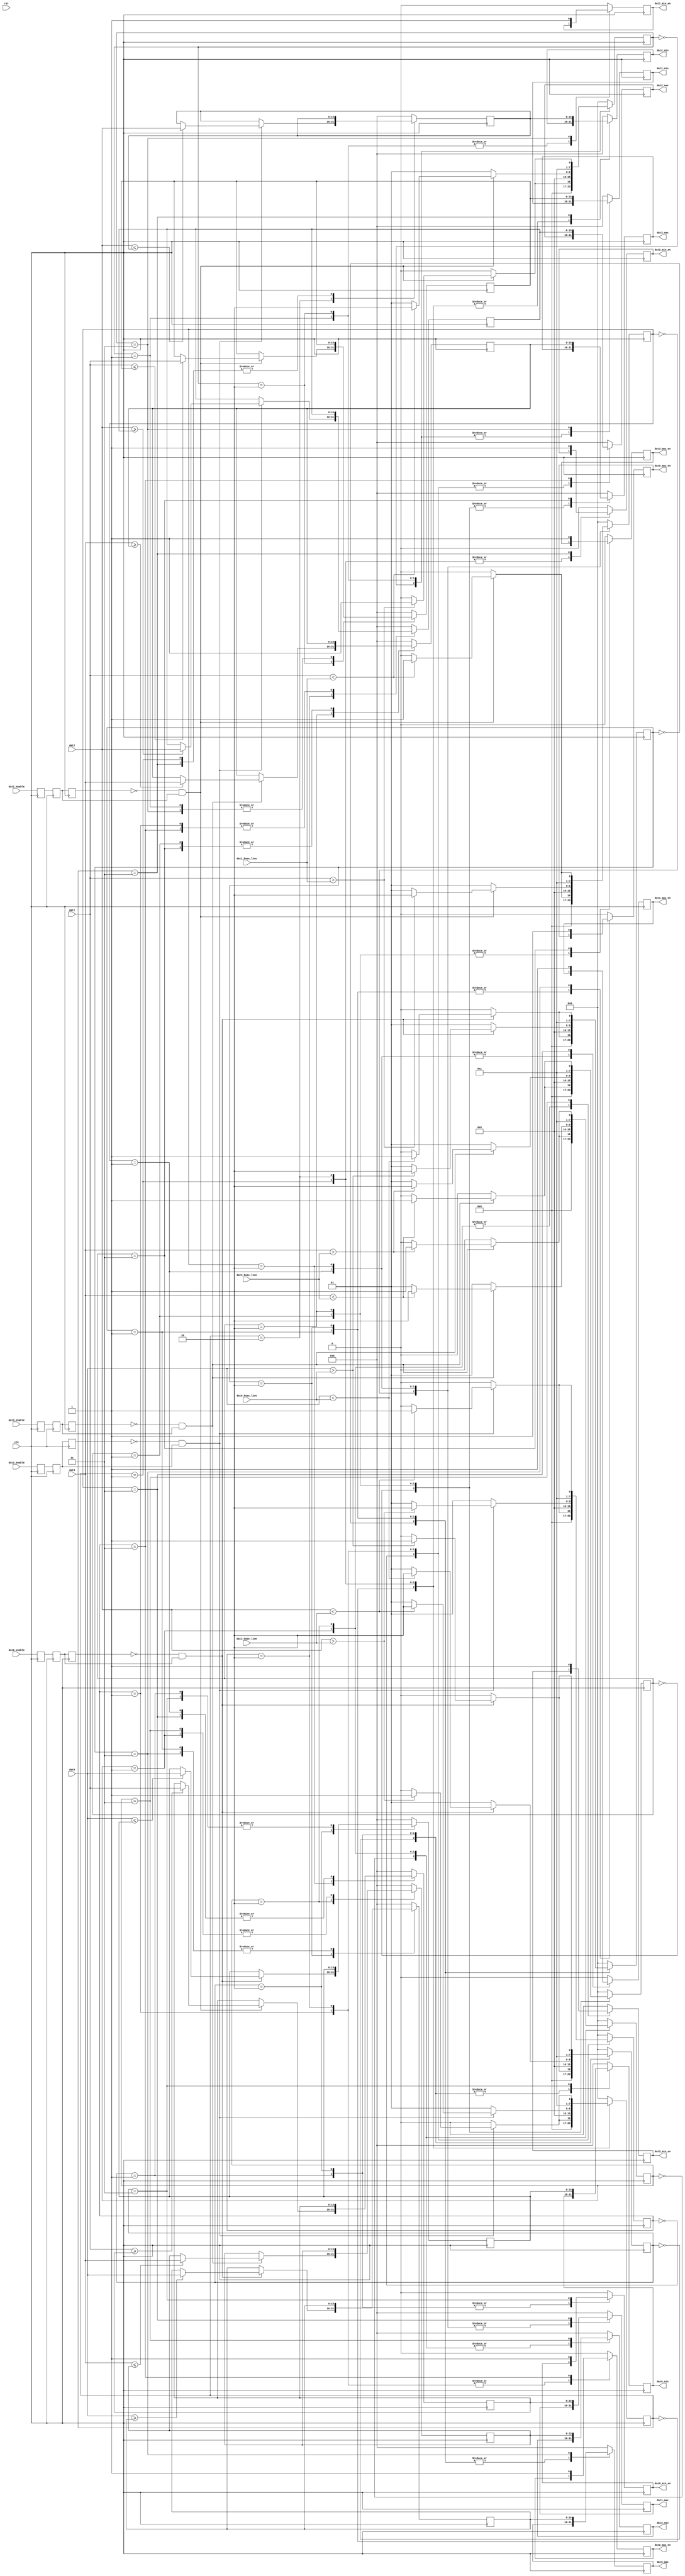
`timescale 1ns / 1ns
module pass_baseline_pole(
    input clk,rst,
	 
	 input dat0_enable,dat1_enable,dat2_enable,dat3_enable,
	 input [15:0]dat0,dat1,dat2,dat3,
	 
	 input [15:0]dat0_base_line,
	 input [15:0]dat1_base_line,
	 input [15:0]dat2_base_line,
	 input [15:0]dat3_base_line,
	 
	 output reg[15:0] dat0_max,dat1_max,dat2_max,dat3_max,
	 output reg dat0_max_en,dat1_max_en,dat2_max_en,dat3_max_en,
	 output reg[15:0] dat0_min,dat1_min,dat2_min,dat3_min,
	 output reg dat0_min_en,dat1_min_en,dat2_min_en,dat3_min_en
	 );
parameter DATAWIDTH=16;
	 
wire pos_dat0_enable,neg_dat0_enable;
wire pos_dat1_enable,neg_dat1_enable;
wire pos_dat2_enable,neg_dat2_enable;
wire pos_dat3_enable,neg_dat3_enable;

reg dat0_enable_r0,dat0_enable_r1,dat0_enable_r2;
reg dat1_enable_r0,dat1_enable_r1,dat1_enable_r2;
reg dat2_enable_r0,dat2_enable_r1,dat2_enable_r2;
reg dat3_enable_r0,dat3_enable_r1,dat3_enable_r2;

always@(posedge clk)
	begin
		dat0_enable_r0<=dat0_enable;
		dat0_enable_r1<=dat0_enable_r0;
		dat0_enable_r2<=dat0_enable_r1;
		
		dat1_enable_r0<=dat1_enable;
		dat1_enable_r1<=dat1_enable_r0;
		dat1_enable_r2<=dat1_enable_r1;
		
		dat2_enable_r0<=dat2_enable;
		dat2_enable_r1<=dat2_enable_r0;
		dat2_enable_r2<=dat2_enable_r1;
		
		dat3_enable_r0<=dat3_enable;
		dat3_enable_r1<=dat3_enable_r0;
		dat3_enable_r2<=dat3_enable_r1;
	end

assign pos_dat0_enable=(~dat0_enable_r2)&dat0_enable_r1;
assign pos_dat1_enable=(~dat1_enable_r2)&dat1_enable_r1;
assign pos_dat2_enable=(~dat2_enable_r2)&dat2_enable_r1;
assign pos_dat3_enable=(~dat3_enable_r2)&dat3_enable_r1;

assign neg_dat0_enable=dat0_enable_r2&(~dat0_enable_r1); 
assign neg_dat1_enable=dat1_enable_r2&(~dat1_enable_r1); 
assign neg_dat2_enable=dat2_enable_r2&(~dat2_enable_r1); 
assign neg_dat3_enable=dat3_enable_r2&(~dat3_enable_r1); 

reg [DATAWIDTH-1:0]dat0_r0,dat1_r0,dat2_r0,dat3_r0;	 
reg [DATAWIDTH-1:0]dat0_r1,dat1_r1,dat2_r1,dat3_r1;	
reg [DATAWIDTH-1:0]dat0_r2,dat1_r2,dat2_r2,dat3_r2;	
reg [DATAWIDTH-1:0]dat0_r3,dat1_r3,dat2_r3,dat3_r3;

reg [15:0]dat0_max_temp,dat0_min_temp;
reg [15:0]dat1_max_temp,dat1_min_temp;
reg [15:0]dat2_max_temp,dat2_min_temp;
reg [15:0]dat3_max_temp,dat3_min_temp;


(*syn_preserve = 1*)reg [7:0]dat0_max_state,dat0_min_state;
(*syn_preserve = 1*)reg [7:0]dat1_max_state,dat1_min_state;
(*syn_preserve = 1*)reg [7:0]dat2_max_state,dat2_min_state;
(*syn_preserve = 1*)reg [7:0]dat3_max_state,dat3_min_state;

always@(posedge clk)
	begin
		case(dat0_max_state)
				0:begin
					if(pos_dat0_enable)
						begin
							if(dat0<dat0_base_line)dat0_max_state<=1;
							else dat0_max_state<=0;
						end
					else dat0_max_state<=0;
					dat0_max_en<=0;
					dat0_max_temp	<=0;end
				1:begin
					if(pos_dat0_enable)
						begin
							if(dat0>dat0_base_line)dat0_max_state<=2;
							else dat0_max_state<=1;
						end
					else dat0_max_state<=1;end
				2:begin//Hmax
					if(pos_dat0_enable)
						begin
							if(dat0<dat0_base_line)dat0_max_state<=3;
							else dat0_max_state<=2;
							if(dat0>=dat0_max_temp)dat0_max_temp<=dat0;
							else	dat0_max_temp<=dat0_max_temp;
						end
					else dat0_max_state<=2;
					end
				3:begin
					dat0_max			<=dat0_max_temp;
					dat0_max_en		<=1;
					dat0_max_state	<=0;end	
				default:begin
						dat0_max_state<=0;
						dat0_max		  <=0;
						dat0_max_en	  <=0;
						dat0_max_temp <=0;end
		endcase
	end
	
always@(posedge clk)
	begin
		case(dat1_max_state)
				0:begin
					if(pos_dat1_enable)
						begin
							if(dat1<dat1_base_line)dat1_max_state<=1;
							else dat1_max_state<=0;
						end
					else dat1_max_state<=0;
					dat1_max_en<=0;
					dat1_max_temp	<=0;end
				1:begin
					if(pos_dat1_enable)
						begin
							if(dat1>dat1_base_line)dat1_max_state<=2;
							else dat1_max_state<=1;
						end
					else dat1_max_state<=1;end
				2:begin//Hmax
					if(pos_dat1_enable)
						begin
							if(dat1<dat1_base_line)dat1_max_state<=3;
							else dat1_max_state<=2;
							if(dat1>=dat1_max_temp)dat1_max_temp<=dat1;
							else	dat1_max_temp<=dat1_max_temp;
						end
					else dat1_max_state<=2;
					end
				3:begin
					dat1_max			<=dat1_max_temp;
					dat1_max_en		<=1;
					dat1_max_state	<=0;end	
				default:begin
						dat1_max_state<=0;
						dat1_max		  <=0;
						dat1_max_en	  <=0;
						dat1_max_temp <=0;end
		endcase
	end
	
always@(posedge clk)
	begin
		case(dat2_max_state)
				0:begin
					if(pos_dat2_enable)
						begin
							if(dat2<dat2_base_line)dat2_max_state<=1;
							else dat2_max_state<=0;
						end
					else dat2_max_state<=0;
					dat2_max_en<=0;
					dat2_max_temp	<=0;end
				1:begin
					if(pos_dat2_enable)
						begin
							if(dat2>dat2_base_line)dat2_max_state<=2;
							else dat2_max_state<=1;
						end
					else dat2_max_state<=1;end
				2:begin//Hmax
					if(pos_dat2_enable)
						begin
							if(dat2<dat2_base_line)dat2_max_state<=3;
							else dat2_max_state<=2;
							if(dat2>=dat2_max_temp)dat2_max_temp<=dat2;
							else	dat2_max_temp<=dat2_max_temp;
						end
					else dat2_max_state<=2;
					end
				3:begin
					dat2_max			<=dat2_max_temp;
					dat2_max_en		<=1;
					dat2_max_state	<=0;end	
				default:begin
						dat2_max_state<=0;
						dat2_max		  <=0;
						dat2_max_en	  <=0;
						dat2_max_temp <=0;end
		endcase
	end
	
always@(posedge clk)
	begin
		case(dat3_max_state)
				0:begin
					if(pos_dat3_enable)
						begin
							if(dat3<dat3_base_line)dat3_max_state<=1;
							else dat3_max_state<=0;
						end
					else dat3_max_state<=0;
					dat3_max_en<=0;
					dat3_max_temp	<=0;end
				1:begin
					if(pos_dat3_enable)
						begin
							if(dat3>dat3_base_line)dat3_max_state<=2;
							else dat3_max_state<=1;
						end
					else dat3_max_state<=1;end
				2:begin//Hmax
					if(pos_dat3_enable)
						begin
							if(dat3<dat3_base_line)dat3_max_state<=3;
							else dat3_max_state<=2;
							if(dat3>=dat3_max_temp)dat3_max_temp<=dat3;
							else	dat3_max_temp<=dat3_max_temp;
						end
					else dat3_max_state<=2;
					end
				3:begin
					dat3_max			<=dat3_max_temp;
					dat3_max_en		<=1;
					dat3_max_state	<=0;end	
				default:begin
						dat3_max_state<=0;
						dat3_max		  <=0;
						dat3_max_en	  <=0;
						dat3_max_temp <=0;end
		endcase
	end
	
always@(posedge clk)
	begin
		case(dat0_min_state)
				0:begin
					if(pos_dat0_enable)
						begin
							if(dat0>dat0_base_line)dat0_min_state<=1;
							else dat0_min_state<=0;
						end
					else dat0_min_state<=0;
					dat0_min_en		<=0;
					dat0_min_temp	<=0;end
				1:begin
					if(pos_dat0_enable)
						begin
							if(dat0<dat0_base_line)dat0_min_state<=2;
							else dat0_min_state<=1;
						end
					else dat0_min_state<=1;end
				2:begin//Lmin
					if(pos_dat0_enable)
						begin
							if(dat0>dat0_base_line)dat0_min_state<=3;
							else dat0_min_state<=2;
							if(dat0<=dat0_min_temp)dat0_min_temp<=dat0;
							else	dat0_min_temp<=dat0_min_temp;
						end
					else dat0_min_state<=2;
					end
				3:begin
					dat0_min			<=dat0_min_temp;
					dat0_min_en		<=1;
					dat0_min_state	<=0;end	
				default:begin
						dat0_min_state<=0;
						dat0_min		  <=0;
						dat0_min_en	  <=0;
						dat0_min_temp <=0;end
		endcase
	end
	
always@(posedge clk)
	begin
		case(dat1_min_state)
				0:begin
					if(pos_dat1_enable)
						begin
							if(dat1>dat1_base_line)dat1_min_state<=1;
							else dat1_min_state<=0;
						end
					else dat1_min_state<=0;
					dat1_min_en		<=0;
					dat1_min_temp	<=0;end
				1:begin
					if(pos_dat1_enable)
						begin
							if(dat1<dat1_base_line)dat1_min_state<=2;
							else dat1_min_state<=1;
						end
					else dat1_min_state<=1;end
				2:begin//Lmin
					if(pos_dat1_enable)
						begin
							if(dat1>dat1_base_line)dat1_min_state<=3;
							else dat1_min_state<=2;
							if(dat1<=dat1_min_temp)dat1_min_temp<=dat1;
							else	dat1_min_temp<=dat1_min_temp;
						end
					else dat1_min_state<=2;
					end
				3:begin
					dat1_min			<=dat1_min_temp;
					dat1_min_en		<=1;
					dat1_min_state	<=0;end	
				default:begin
						dat1_min_state<=0;
						dat1_min		  <=0;
						dat1_min_en	  <=0;
						dat1_min_temp <=0;end
		endcase
	end
	
always@(posedge clk)
	begin
		case(dat2_min_state)
				0:begin
					if(pos_dat2_enable)
						begin
							if(dat2>dat2_base_line)dat2_min_state<=1;
							else dat2_min_state<=0;
						end
					else dat2_min_state<=0;
					dat2_min_en		<=0;
					dat2_min_temp	<=0;end
				1:begin
					if(pos_dat2_enable)
						begin
							if(dat2<dat2_base_line)dat2_min_state<=2;
							else dat2_min_state<=1;
						end
					else dat2_min_state<=1;end
				2:begin//Lmin
					if(pos_dat2_enable)
						begin
							if(dat2>dat2_base_line)dat2_min_state<=3;
							else dat2_min_state<=2;
							if(dat2<=dat2_min_temp)dat2_min_temp<=dat2;
							else	dat2_min_temp<=dat2_min_temp;
						end
					else dat2_min_state<=2;
					end
				3:begin
					dat2_min			<=dat2_min_temp;
					dat2_min_en		<=1;
					dat2_min_state	<=0;end	
				default:begin
						dat2_min_state<=0;
						dat2_min		  <=0;
						dat2_min_en	  <=0;
						dat2_min_temp <=0;end
		endcase
	end
	
always@(posedge clk)
	begin
		case(dat3_min_state)
				0:begin
					if(pos_dat3_enable)
						begin
							if(dat3>dat3_base_line)dat3_min_state<=1;
							else dat3_min_state<=0;
						end
					else dat3_min_state<=0;
					dat3_min_en		<=0;
					dat3_min_temp	<=0;end
				1:begin
					if(pos_dat3_enable)
						begin
							if(dat3<dat3_base_line)dat3_min_state<=2;
							else dat3_min_state<=1;
						end
					else dat3_min_state<=1;end
				2:begin//Lmin
					if(pos_dat3_enable)
						begin
							if(dat3>dat3_base_line)dat3_min_state<=3;
							else dat3_min_state<=2;
							if(dat3<=dat3_min_temp)dat3_min_temp<=dat3;
							else	dat3_min_temp<=dat3_min_temp;
						end
					else dat3_min_state<=2;
					end
				3:begin
					dat3_min			<=dat3_min_temp;
					dat3_min_en		<=1;
					dat3_min_state	<=0;end	
				default:begin
						dat3_min_state<=0;
						dat3_min		  <=0;
						dat3_min_en	  <=0;
						dat3_min_temp <=0;end
		endcase
	end	 
endmodule